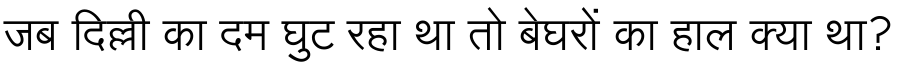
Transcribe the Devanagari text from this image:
जब दिल्ली का दम घुट रहा था तो बेघरों का हाल क्या था?